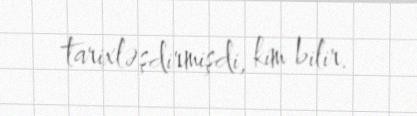
tarixləşdirmişdi, kim bilir.